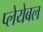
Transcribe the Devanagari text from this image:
प्लेयेबल